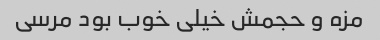
مزه و حجمش خیلی خوب بود مرسی